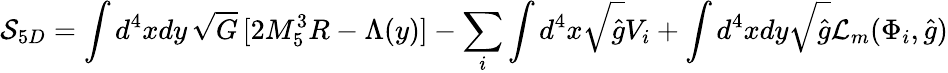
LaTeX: {\cal S}_{5D}=\int d^{4}xdy\, \sqrt{G}\, [2M_{5}^{3}R-\Lambda(y)]-\sum_{i}\int d^{4}x\sqrt{\hat{g}}V_{i}+\int d^{4}xdy\sqrt{\hat{g}}{\cal L}_{m}(\Phi_{i},\hat{g})